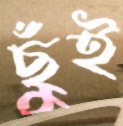
ছুঁই